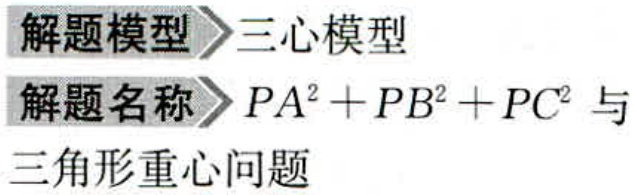
解题模型 \(\rhd\) 三心模型
解题名称 \(\rhd\) \(PA^{2}+PB^{2}+PC^{2}\) 与
三角形重心问题